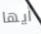
أيها